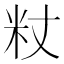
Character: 粀